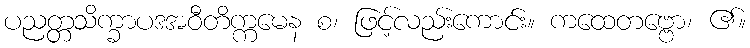
ပညတ္တသိက္ခာပဒအဝီတိက္ကမေန စ၊ ဖြင့်လည်းကောင်း။ ကထေတဗ္ဗော၊ ၏။